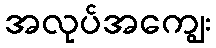
အလုပ်အကျွေး